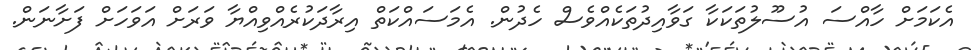
އެކަމަށް ހާއްސަ އުސޫލުތަކަކާ ގަވާއިދުތަކެއްވެސް ހެދުން. އެމަސައްކަތް އިރާދަކުރެއްވިއްޔާ ވަރަށް އަވަހަށް ފަށާނަން.